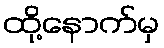
ထို့နောက်မှ